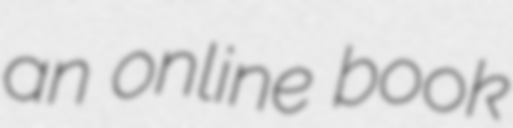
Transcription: an online book